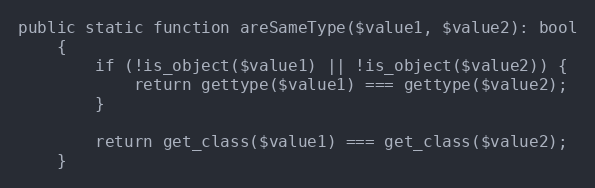
Language: PHP
public static function areSameType($value1, $value2): bool
    {
        if (!is_object($value1) || !is_object($value2)) {
            return gettype($value1) === gettype($value2);
        }

        return get_class($value1) === get_class($value2);
    }